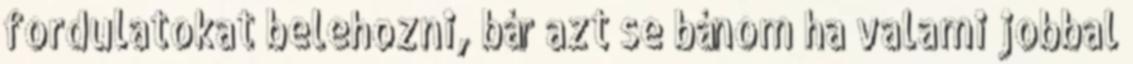
fordulatokat belehozni, bár azt se bánom ha valami jobbal